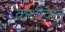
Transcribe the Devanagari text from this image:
कक्षीवान्‌